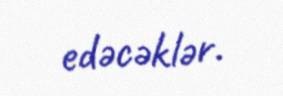
edəcəklər.